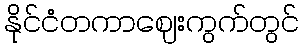
နိုင်ငံတကာဈေးကွက်တွင်